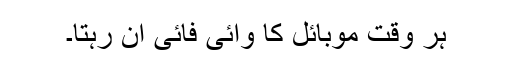
ہر وقت موبائل کا وائی فائی آن رہتا۔